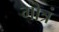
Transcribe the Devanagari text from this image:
गोत्रं